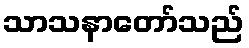
သာသနာတော်သည်